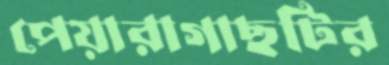
পেয়ারাগাছটির